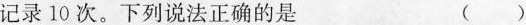
记录10次。下列说法正确的是 ()